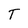
Character: T